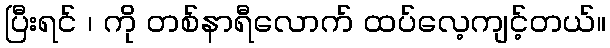
ပြီးရင် ၊ ကို တစ်နာရီလောက် ထပ်လေ့ကျင့်တယ်။